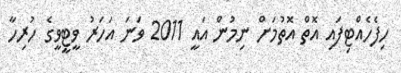
ހިފެހެއްޓިފައި އޮތް އޮތުމަށް ނިމުން އައީ 2011 ވަނަ އަހަރު ވީޓީވީގެ ހުރިހާ